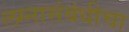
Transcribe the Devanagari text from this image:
लग्नासंबंधीचा